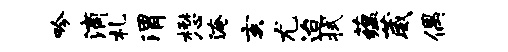
吟滴札渭懋淹亥尤迨拭蕴葳偶